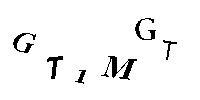
GT1MGT